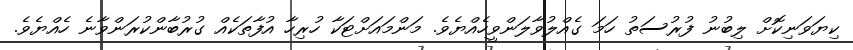
ކިޔަވަނިކޮށް ލިބުނު ފުރުސަތު ހަމަ ގެއްލުވާލަންވީހެއްޔެވެ. މަންމައަށްޓަކާ ހުރިހާ އުފާތަކެއް ގުރުބާންކުރަންވާނެ ހެއްޔެވެ.